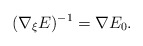
\begin{align*}(\nabla _\xi E)^{-1} = \nabla E_0.\end{align*}